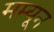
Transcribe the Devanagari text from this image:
मम्यून